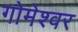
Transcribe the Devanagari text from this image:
गोमेश्वर